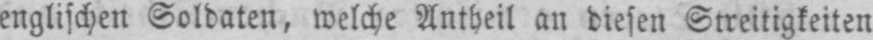
englischen Soldaten, welche Antheil an diesen Streitigkeiten